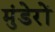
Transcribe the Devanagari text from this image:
मुंडेरों